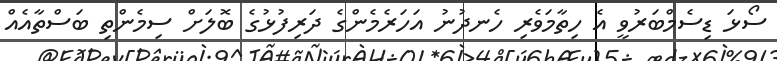
ސޯޅަ ޑިސެމްބަރުވީ އެ ހިތާމަވެރި ހެނދުނު އަހަރެމެންގެ ދަރިފުޅުގެ ބޮލަށް ސިމެންތި ބަސްތާއެއް